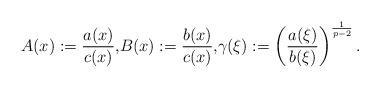
LaTeX: \begin{align*}{A(x):=\frac{a(x)}{c(x)},}{B(x):=\frac{b(x)}{c(x)},}\gamma(\xi):=\left( \frac{a(\xi)}{b(\xi)}\right) ^{\frac{1}{p-2}}.\end{align*}